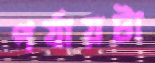
পর্যায়টা